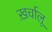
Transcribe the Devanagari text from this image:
ख़र्चालू